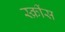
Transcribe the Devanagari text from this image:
स्क्रींस